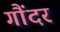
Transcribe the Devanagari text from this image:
गौंदर